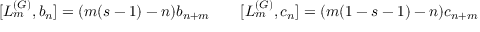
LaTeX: [ L _ { m } ^ { ( G ) } , b _ { n } ] = ( m ( s - 1 ) - n ) b _ { n + m } \qquad [ L _ { m } ^ { ( G ) } , c _ { n } ] = ( m ( 1 - s - 1 ) - n ) c _ { n + m }